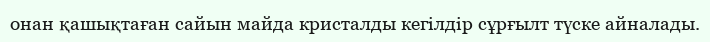
онан қашықтаған сайын майда кристалды кегілдір сұрғылт түске айналады.